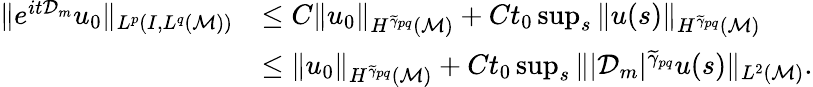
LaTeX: \begin{array}{rl}{\| e^{it\mathcal{D}_{m}}u_{0}\| _{L^{p}(I,L^{q}(\mathcal{M}))}}&{\leq C\| u_{0}\| _{H^{\widetilde{\gamma}_{pq}}(\mathcal{M})}+Ct_{0}\operatorname*{sup}_{s}\| u(s)\| _{H^{\widetilde{\gamma}_{pq}}(\mathcal{M})}}\\ &{\leq\| u_{0}\| _{H^{\widetilde{\gamma}_{pq}}(\mathcal{M})}+Ct_{0}\operatorname*{sup}_{s}\| |\mathcal{D}_{m}|^{\widetilde{\gamma}_{pq}}u(s)\| _{L^{2}(\mathcal{M})}.}\end{array}